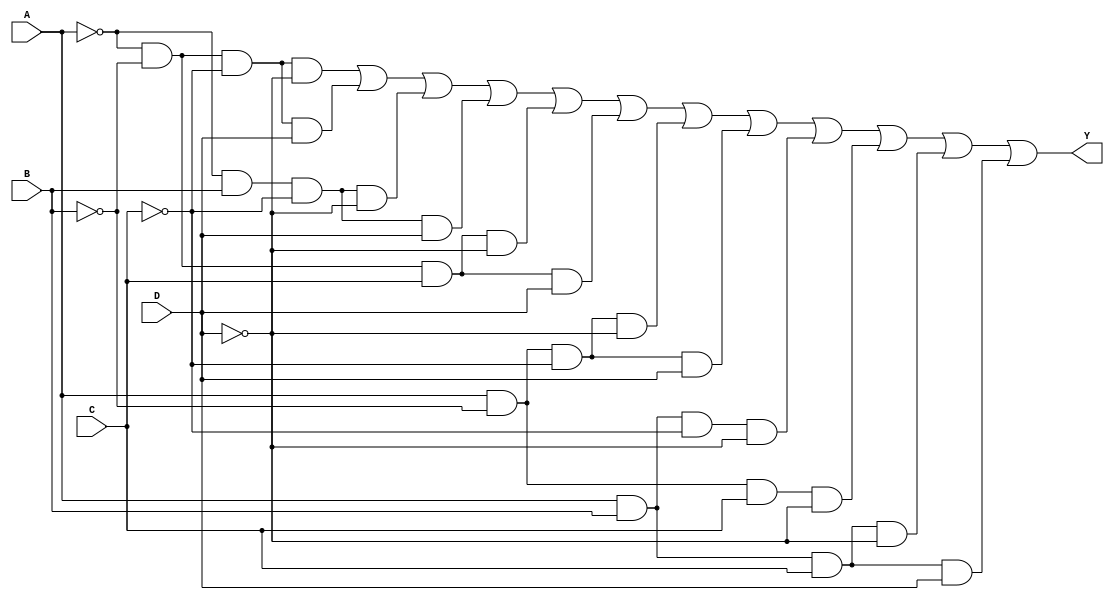
module four_variable_kmap (
    input wire A,  // Input variable A
    input wire B,  // Input variable B
    input wire C,  // Input variable C
    input wire D,  // Input variable D
    output wire Y  // Output of the K-map simplification
);

// Internal signal to represent the minterms
wire m0, m1, m2, m3, m4, m5, m6, m7;
wire m8, m9, m10, m11, m12, m13, m14, m15;

// Define the minterms based on the input variables
assign m0 = ~A & ~B & ~C & ~D; // m0
assign m1 = ~A & ~B & ~C & D;  // m1
assign m2 = ~A & B & ~C & ~D;  // m2
assign m3 = ~A & B & ~C & D;   // m3
assign m4 = ~A & ~B & C & ~D;  // m4
assign m5 = ~A & ~B & C & D;   // m5
assign m6 = ~A & B & C & ~D;   // m6
assign m7 = ~A & B & C & D;    // m7
assign m8 = A & ~B & ~C & ~D;  // m8
assign m9 = A & ~B & ~C & D;   // m9
assign m10 = A & B & ~C & ~D;  // m10
assign m11 = A & B & ~C & D;   // m11
assign m12 = A & ~B & C & ~D;  // m12
assign m13 = A & ~B & C & D;   // m13
assign m14 = A & B & C & ~D;   // m14
assign m15 = A & B & C & D;    // m15

// Output Y is the OR of the selected minterms based on the K-map grouping
assign Y = (m0 | m1 | m2 | m3 | m4 | m5 | m8 | m9 | m10 | m12 | m14 | m15); // Example grouping

endmodule